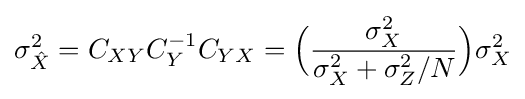
\sigma _{\hat {X}}^{2}=C_{XY}C_{Y}^{-1}C_{YX}={\Big (}{\frac {\sigma _{X}^{2}}{\sigma _{X}^{2}+\sigma _{Z}^{2}/N}}{\Big )}\sigma _{X}^{2}